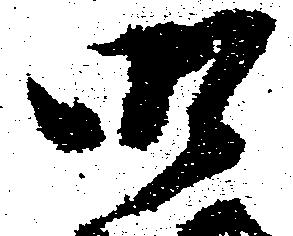
御